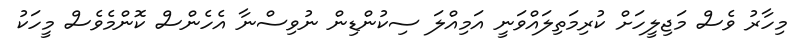
މިހާރު ވެސް މަޖިލީހަށް ކުރިމަތިލައްވަނީ އަމިއްލަ ސިކުންޑިން ނުވިސްނާ އެހެންސް ކޮންމެވެސް މީހަކު